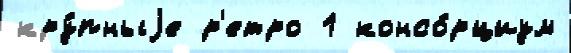
кру́пныjе р'етро 1 консо́рциум